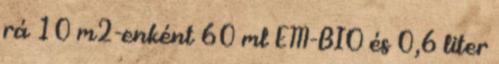
rá 10 m2-enként 60 ml EM-BIO és 0,6 liter